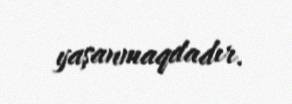
yaşanmaqdadır.